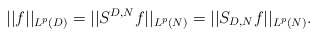
\begin{align*}||f||_{L^p(D)} = ||S^{D,N} f||_{L^p(N)} = ||S_{D,N} f||_{L^p(N)} .\end{align*}